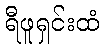
ရီဖူရှင်းထံ